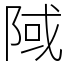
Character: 䧕